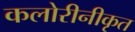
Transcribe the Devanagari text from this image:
कलोरीनीकृत